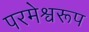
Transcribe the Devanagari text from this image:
परमेश्वरूप